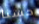
حسنا